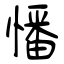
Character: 憣